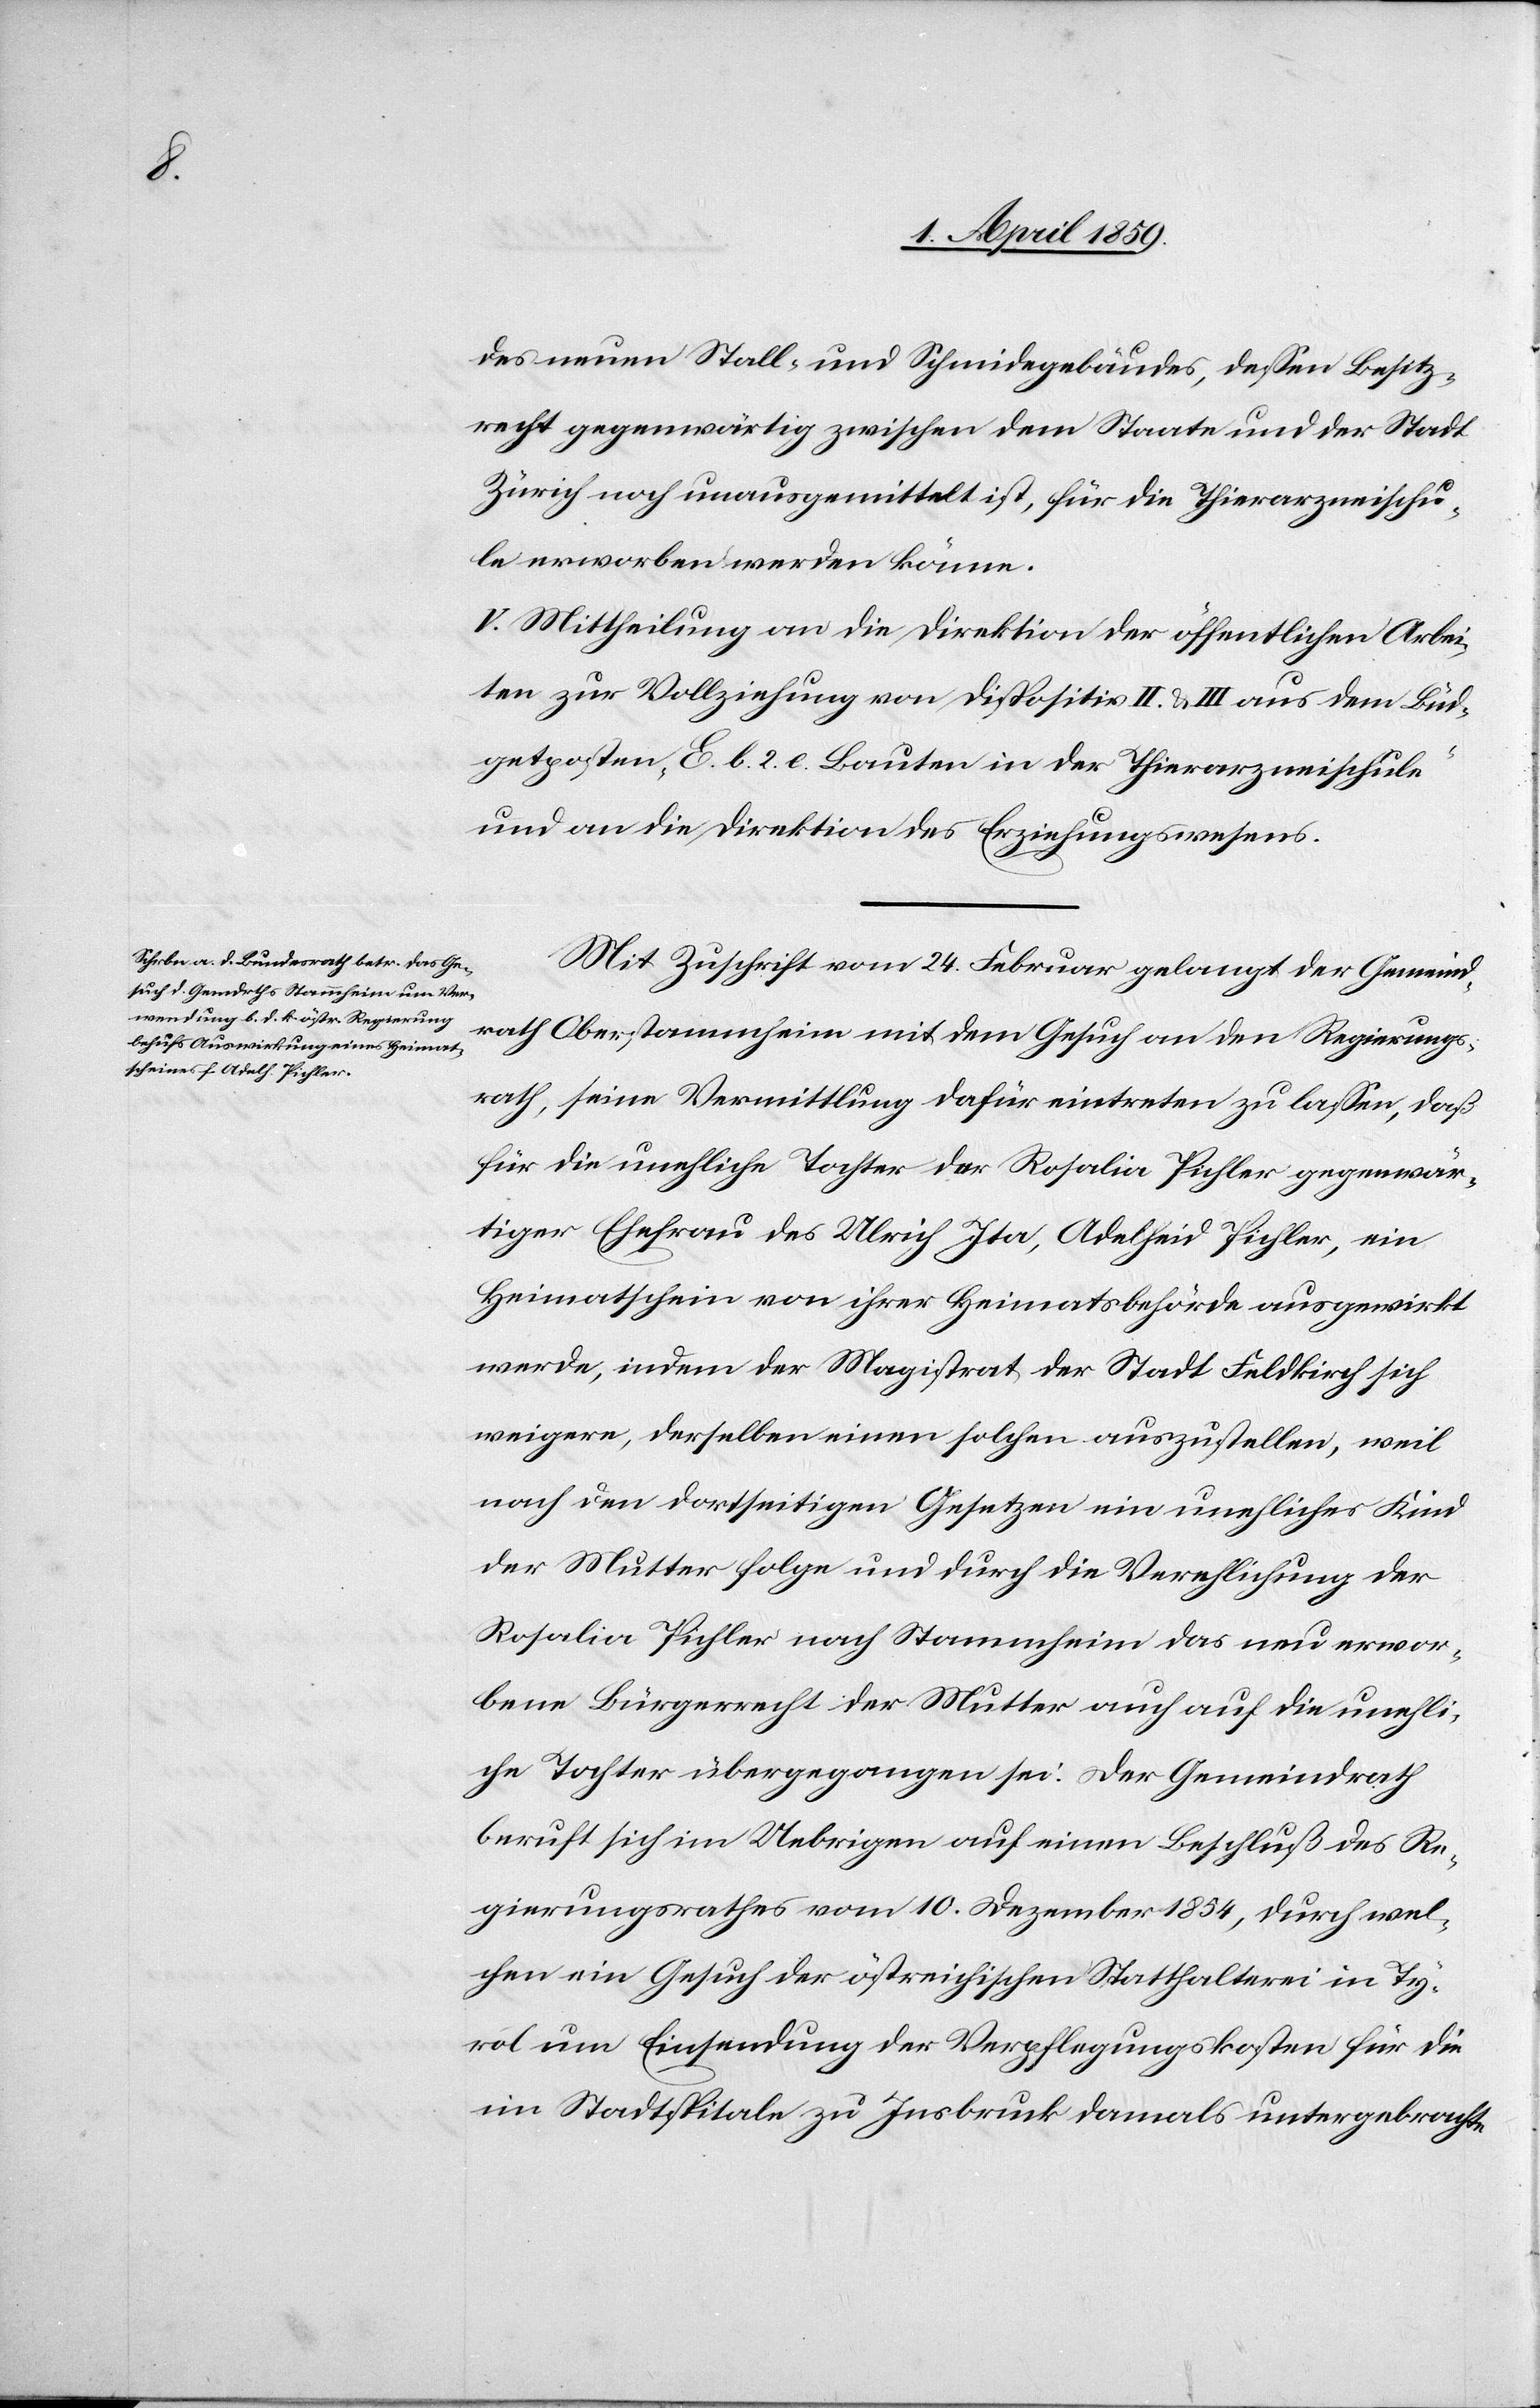
des neuen Stall- und Schmidegebäudes, deßen Besitz¬
recht gegenwärtig zwischen dem Staate und der Stadt
Zürich noch unausgemittelt ist, für die Thierarzneischu¬
le erworben werden könne.
V. Mittheilung an die Direktion der öffentlichen Arbei¬
ten zur Vollziehung von Dispositiv II. & III aus dem Bud¬
getposten, E. b. 2. c. Bauten in der Thierarzneischule
und an die Direktion des Erziehungswesens.
Mit Zuschrift vom 24. Februar gelangt der Gemeind¬
rath Oberstammheim mit dem Gesuch an den Regierungs¬
rath, seine Vermittlung dafür eintreten zu laßen, daß
für die unehliche Tochter der Rosalia Pichler gegenwär¬
tiger Ehefrau des Ulrich Ita, Adelheid Pichler, ein
Heimatschein von ihrer Heimatsbehörde ausgewirkt
werde, indem der Magistrat der Stadt Feldkirch sich
weigere, derselben einen solchen auszustellen, weil
nach den dortseitigen Gesetzen ein unehliches Kind
der Mutter folgen und durch die Verehlichung der
Rosalia Pichler nach Stammheim das neu erwor¬
bene Bürgerrecht der Mutter auch auf die unehli¬
che Tochter übergegangen sei. Der Gemeindrath
beruft sich im Uebrigen auf einen Beschluß des Re¬
gierungsrathes vom 10. Dezember 1854, durch wel¬
chen ein Gesuch der östreichischen Statthalterei in Ty¬
rol um Einsendung der Verpflegungskosten für die
im Stadtspitale zu Insbruck damals untergebrachte